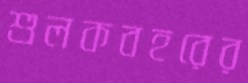
শুলকবহরের